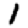
Digit: 1